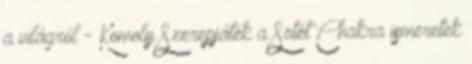
a világról - Komoly Szerepjáték a Sötét Chakra ismeretek